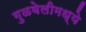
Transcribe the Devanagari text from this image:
गुळवेलीमध्ये